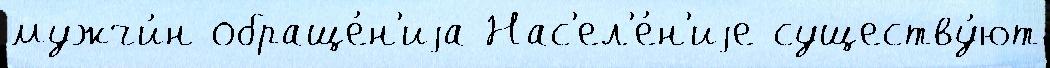
мужчи́н обраще́н'иjа Нас'ел'е́н'иjе существу́ют